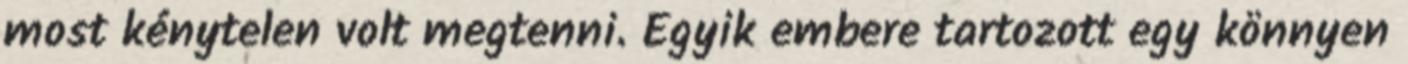
most kénytelen volt megtenni. Egyik embere tartozott egy könnyen